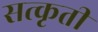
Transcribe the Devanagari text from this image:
सत्कृती